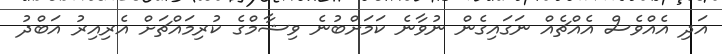
އަދި އެއްވެސް އެއްޗެއް ނަގައިގެން ނުވާނެ ކަމަށްބުނެ ވިޝާމްގެ ކުރިމައްޗަށް އެރިއިރު އަބްދު